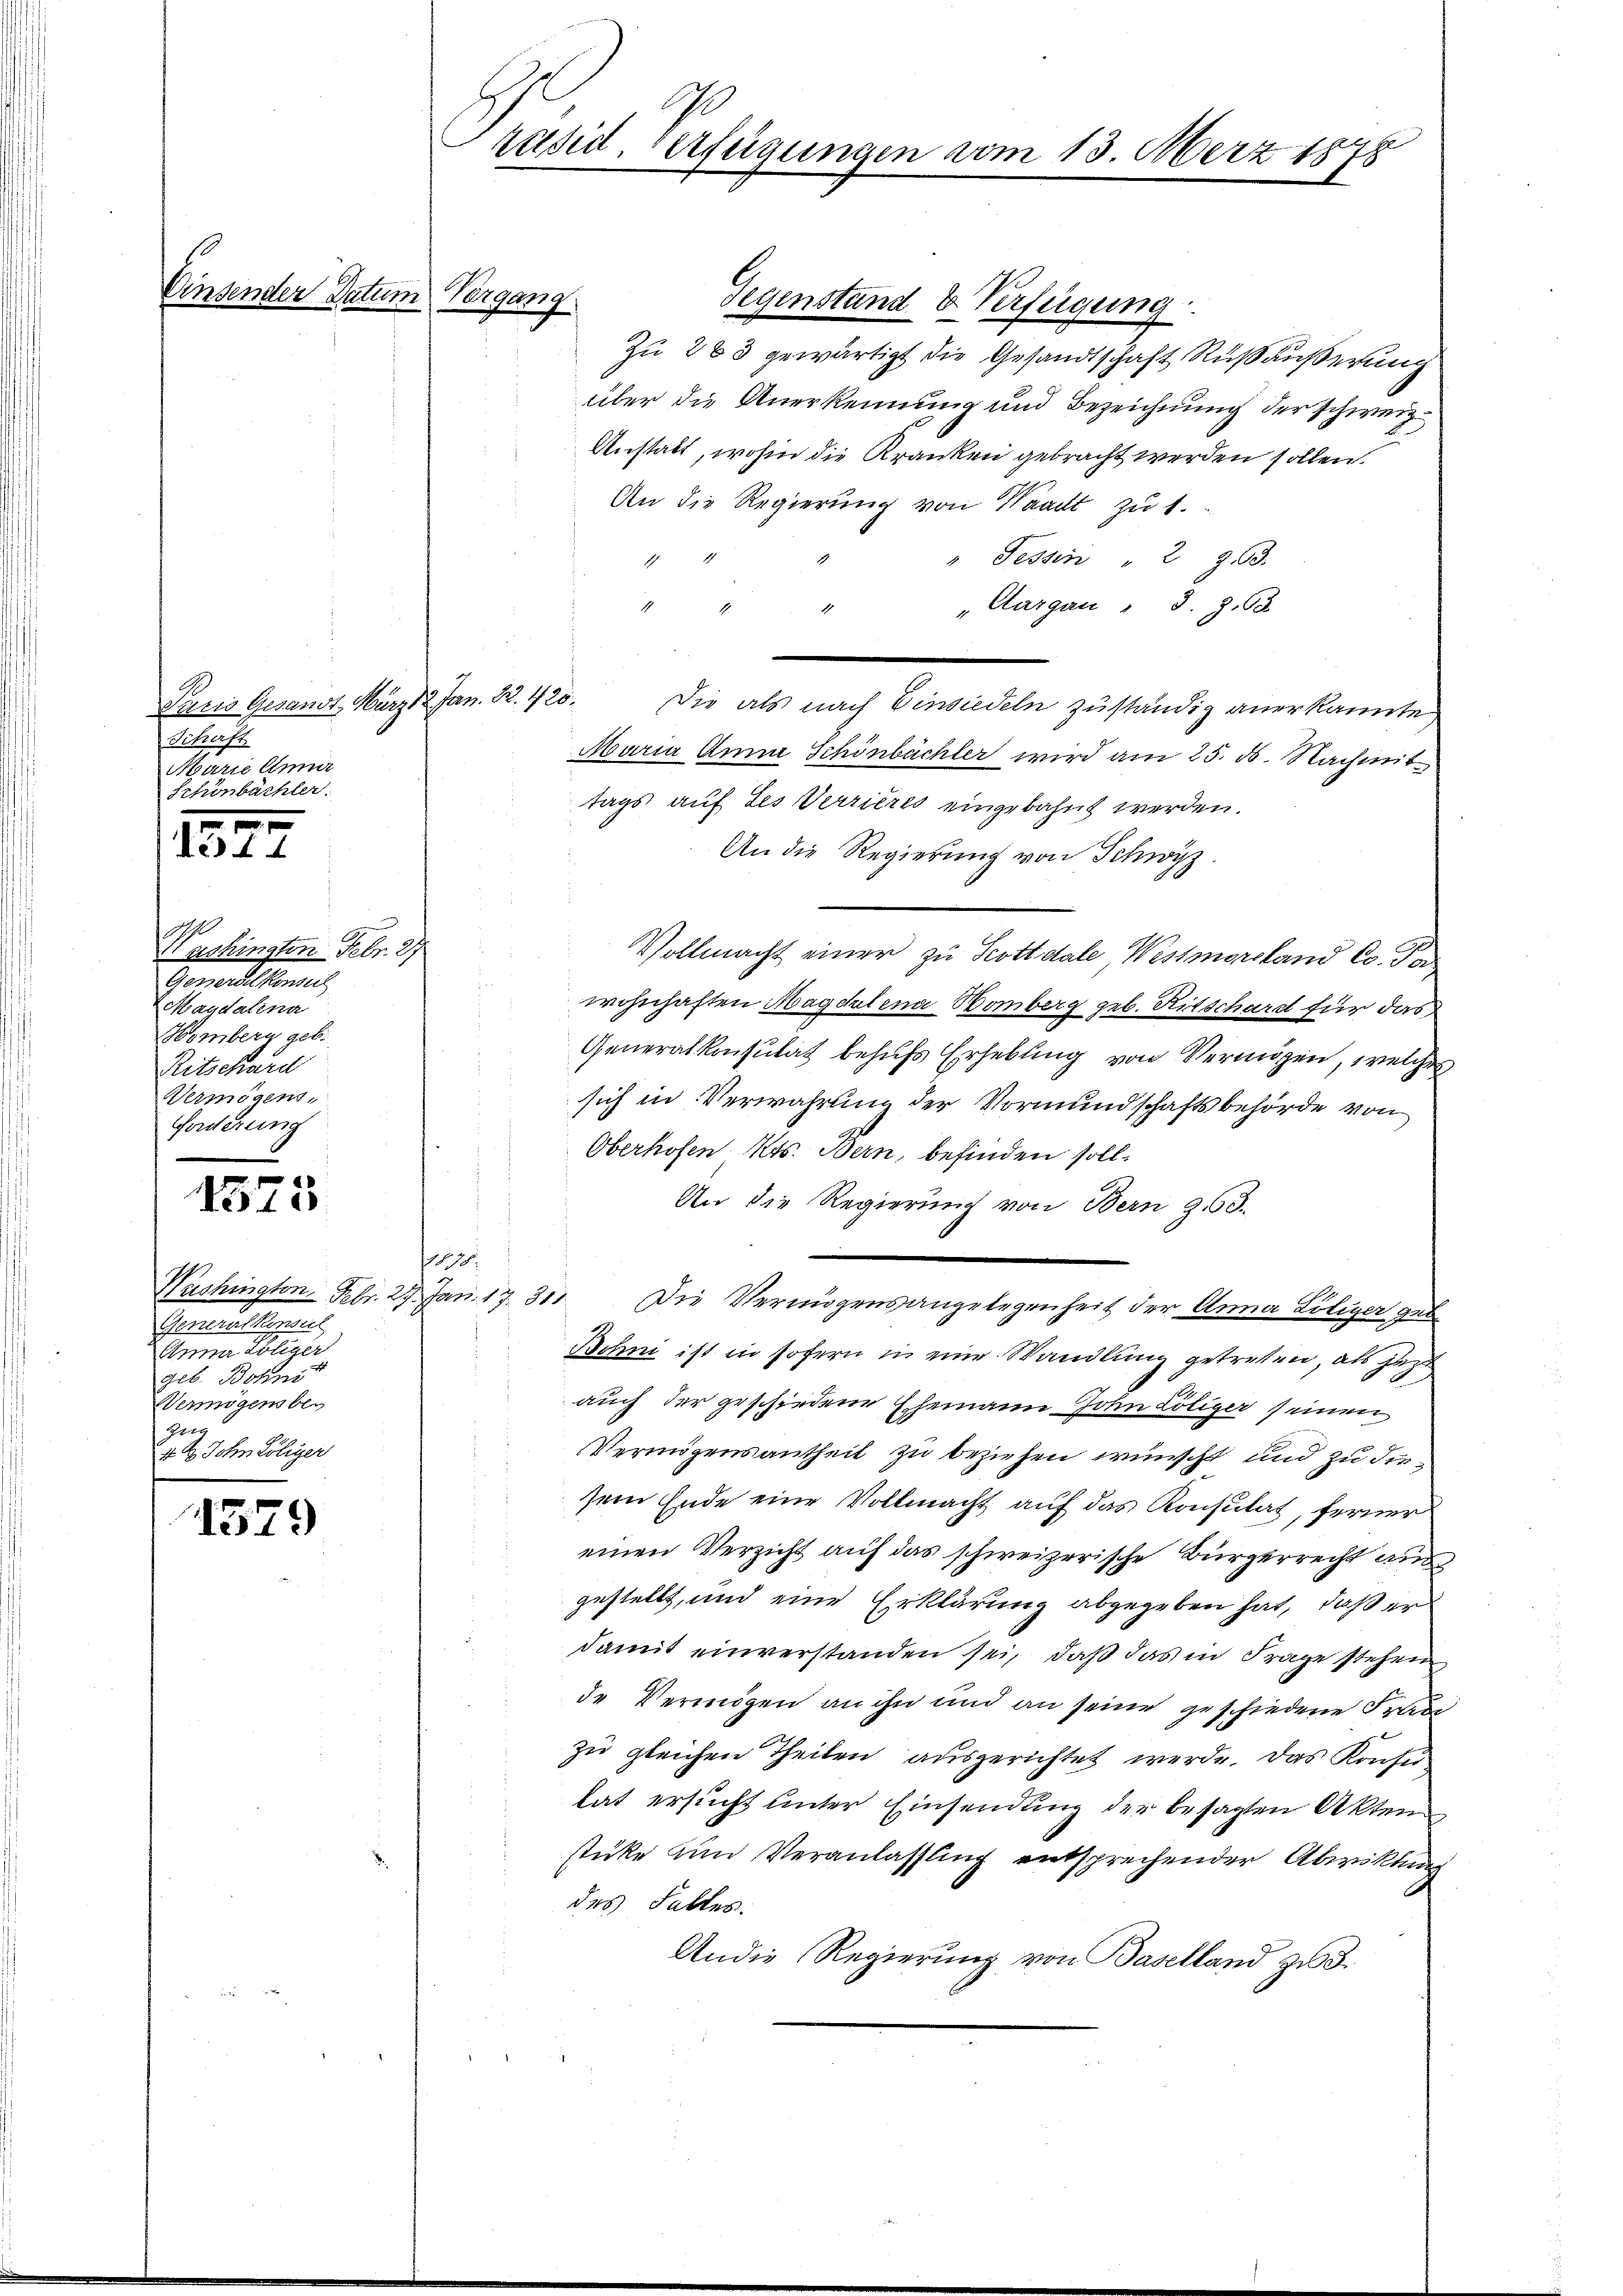
n

32

2
Washingten Febr. 27
Gewerdel konsei
eMagdalena
HHombern geb.
Ritschard
Vermögens.
Forderung

1515

1379

ander Datum Vorgang

Puris Gesandt, März 18. Jan. 82. 425.
Schaft
Marie Anner
Schönbächler.

Generalkonseil
Anna Zöliger
geb. Bosni
Vermögensbe
Zur
4. 2. John Löliger

und
Präsid. Verfügungen vom 13. März 1878

Gegenstand & Verfügung
Zu 263 gewärtigt die Gesandtschaft Rußäußerung
über die Anerkennung und Bezeichnung der schweiz.
Anstalt, wohin die Kranken gebracht werden sollen.
An die Regierung von Waadt zu 1.
" Tessin " 233.
1
"Aargau " 3. z. B
.
d
1
Die als nach Einsiedeln zuständig anerkannte
Maria Anna Schönbächler wird am 25. d. Nachmit
tags auf des Verrieres eingebahnt werden.
An die Regierung von Schwyz
¬
Vollmacht einer zu Scottelale, Westmorsland Co. Po
wohnhaften Magdalena Bomberg geb. Ritschard für das
Generalkonsulat behufs Erhebung von Vermögen, welches
sich in Verwahrung der Vormundschaftsbehörde von
Oberhofen, Kts. Bern, befinden soll.
An die Regierung von Bern 23.
. 18.
Washington. Febr. 27. Jan. 17. 311. Die Vermögensangelegenheit der Anna Lötiger geb
Bohm ist in sofern in eine Wandlung getreten, als jezt
auch der geschiedene Ehemann John Löliger seinen
Vermögensantheil zu beziehen wünscht und zu diesem Ende eine Vollmacht auf das Konsulat, ferner
einen Verzicht auf das schweizerische Bürgerrecht aus
gestellt, und eine Erklärung abgegeben hat, daß er
damit einverstanden sei, daß das in Frage stehen
de Vermögen an ihn und an seine geschiedene Frau
zu gleichen Theilen ausgerichtet werde. Das Konsu
tat ersucht unter Einsendung der besagten Akten
stüke und Veranlassung entsprechender Abwicklung
des Falles.
Andie Regierung von Baselland zu 3.